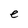
Character: e